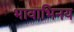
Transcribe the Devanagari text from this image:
भावाभिनय